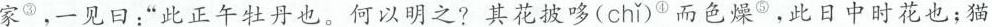
家^{③} ，一见日”此正午牡丹也。何以明之?其花披哆( chi )^{④} 而色燥^{⑤} ，此日中时花也；猫